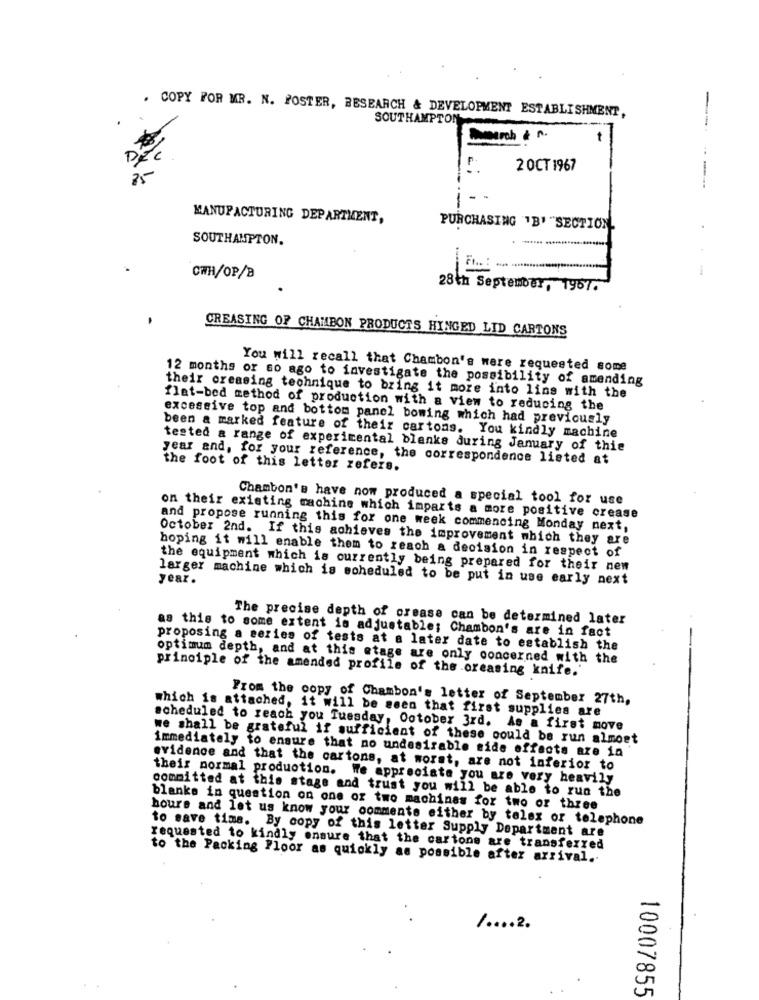
COPY FOR MR. N. POSTER, RESEARCH & DEVELOPMENT ESTABLISHMENT,
SOUTHAMPTON
D
2 OCT 1967
-
MANUFACTURING DEPARTMENT,
PURCHASING 'B' "SECTION
SOUTHAMPTON.
CWH/OP/B
28th September, 1967.
CREASING OF CHAMBON PRODUCTS HINGED LID CARTONS
You will recall that Chambon's were requested some
12 months or so ago to investigate the possibility of amending
their creasing technique to bring it more into lins with the
flet-bed method of production with a view to reducing the
excessive top and bottom panel bowing which had previously
been a marked feature of their cartons. You kindly machine
tested a range of experimental blanks during January of thie
year and, for your reference, the correspondence listed at
the foot of this letter refers.
Chambon's have now produced a special tool for use
on their existing machine which imparts a more positive crease
and propose running this for one week commencing Monday next,
October 2nd. If this achieves the improvement which they are
hoping it will enable them to reach a decision in respect of
the equipment which is currently being prepared for their new
year.
larger machine which is scheduled to be put in use early next
The precise depth of crease can be determined later
as this to some extent is adjustable; Chambon's are in fact
proposing a series of tests at a later date to establish the
optimum depth, and at this etage are only concerned with the
principle of the amended profile of the oreasing knife.'
From the copy of Chambon's letter of September 27th,
which is attached, it will be seen that first supplies are
scheduled to reach you Tuesday, October 3rd. As a first move
we shall be grateful if sufficient of these could be run almost
immediately to ensure that no undesirable side effects are in
evidence and that the cartons, at worst, are not inferior to
their normal production. We appreciate you are very heavily
committed at this stage and trust you will be able to run the
blanke in question on one or two machines for two or three
hours and let us know your comments either by telsz or telephone
to save time. By copy of this letter Supply Department are
requested to kindly ensure that the cartons are transferred
to the Packing Floor as quickly as possible after arrival ..
1 .... 2.
10007855